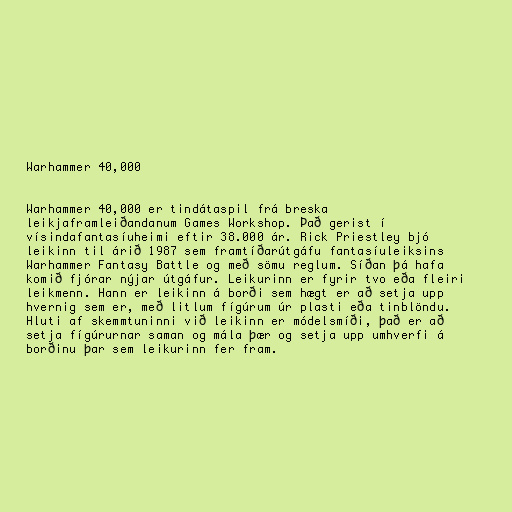
Warhammer 40,000

Warhammer 40,000 er tindátaspil frá breska
leikjaframleiðandanum Games Workshop. Það gerist í
vísindafantasíuheimi eftir 38.000 ár. Rick Priestley bjó
leikinn til árið 1987 sem framtíðarútgáfu fantasíuleiksins
Warhammer Fantasy Battle og með sömu reglum. Síðan þá hafa
komið fjórar nýjar útgáfur. Leikurinn er fyrir tvo eða fleiri
leikmenn. Hann er leikinn á borði sem hægt er að setja upp
hvernig sem er, með litlum fígúrum úr plasti eða tinblöndu.
Hluti af skemmtuninni við leikinn er módelsmíði, það er að
setja fígúrurnar saman og mála þær og setja upp umhverfi á
borðinu þar sem leikurinn fer fram.